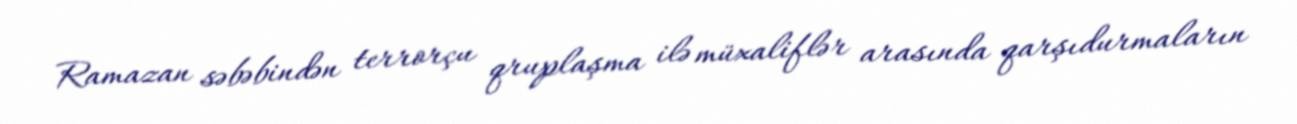
Ramazan səbəbindən terrorçu qruplaşma ilə müxaliflər arasında qarşıdurmaların